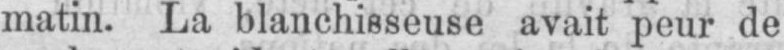
matin. La blanchisseuse avait peur de